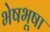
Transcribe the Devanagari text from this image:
भेषभूषा